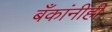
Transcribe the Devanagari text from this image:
बँकांनीही